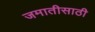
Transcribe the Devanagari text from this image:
जमातीसाठी